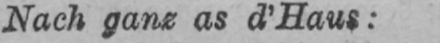
Nach ganz as d’Haus: